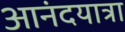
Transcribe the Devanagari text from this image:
आनंदयात्रा